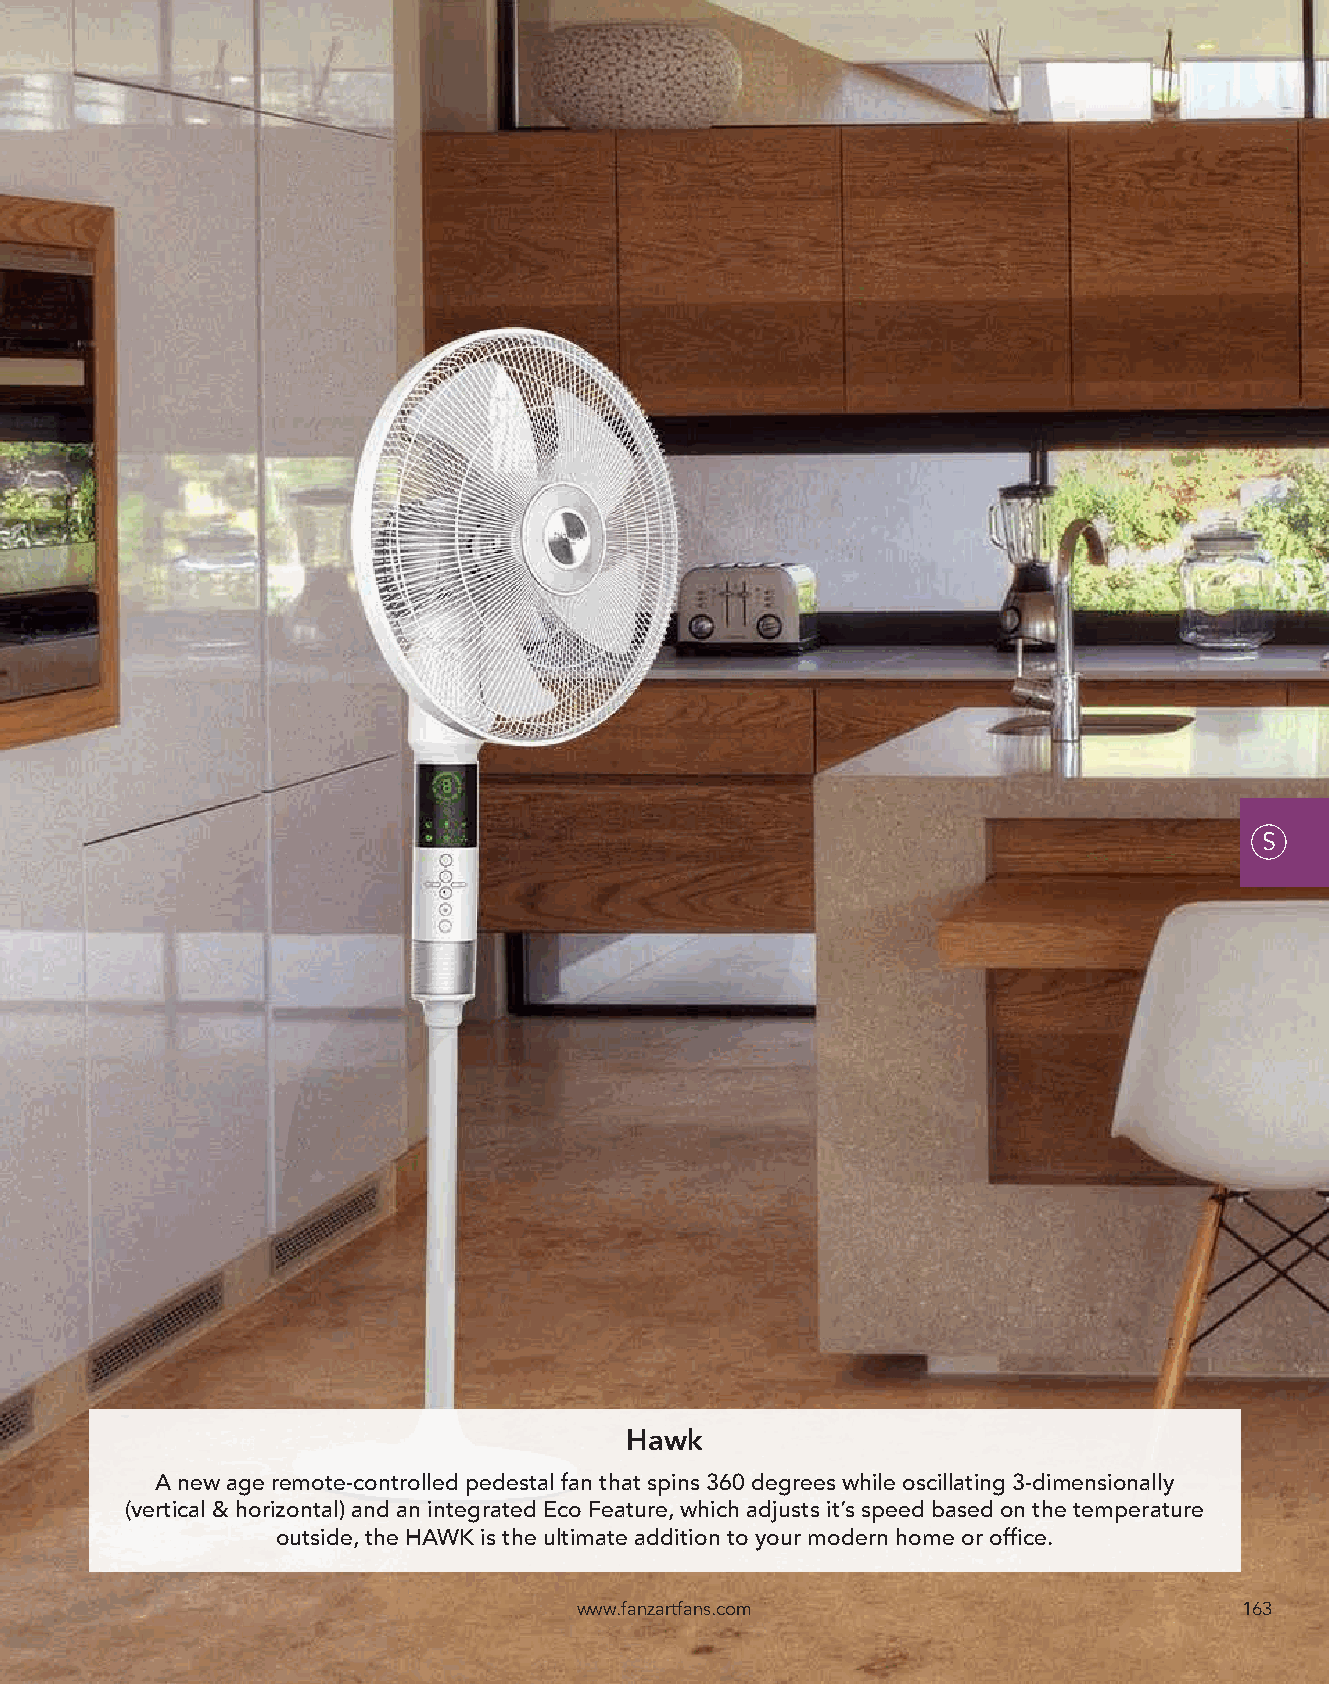
S
 Hawk
 A new age remote-controlled pedestal fan that spins 360 degrees while oscillating 3-dimensionally
 (vertical & horizontal) and an integrated Eco Feature, which adjusts it’s speed based on the temperature
 outside, the HAWK is the ultimate addition to your modern home or office.
 www.fanzartfans.com                         163